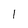
Character: 1